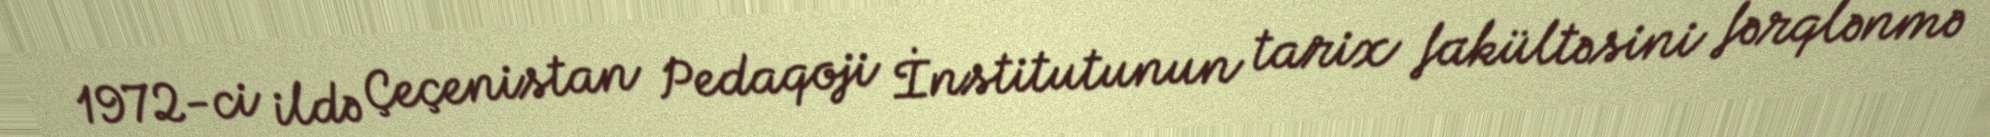
1972-ci ildə Çeçenistan Pedaqoji İnstitutunun tarix fakültəsini fərqlənmə